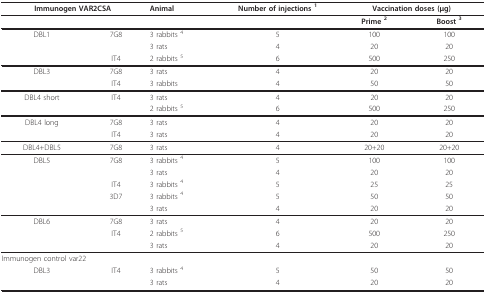
| <COLSPAN=2> Immunogen VAR2CSA | Animal | Number of injections 1 | <COLSPAN=2> Vaccination doses (μg) |
 | --- | --- | --- | --- | --- | --- |
 |  |  |  |  | Prime 2 | Boost 3 |
 | DBL1 | 7G8 | 3 rabbits 4 | 5 | 100 | 100 |
 |  |  | 3 rats | 4 | 20 | 20 |
 |  | IT4 | 2 rabbits 5 | 6 | 500 | 250 |
 | DBL3 | 7G8 | 3 rats | 4 | 20 | 20 |
 |  | IT4 | 3 rabbits | 4 | 50 | 50 |
 | DBL4 short | IT4 | 3 rats | 4 | 20 | 20 |
 |  |  | 2 rabbits 5 | 6 | 500 | 250 |
 | DBL4 long | 7G8 | 3 rats | 4 | 20 | 20 |
 |  | IT4 | 3 rats | 4 | 20 | 20 |
 | DBL4+DBL5 | 7G8 | 3 rats | 4 | 20+20 | 20+20 |
 | DBL5 | 7G8 | 3 rabbits 4 | 5 | 100 | 100 |
 |  |  | 3 rats | 4 | 20 | 20 |
 |  | IT4 | 3 rabbits 4 | 5 | 25 | 25 |
 |  | 3D7 | 3 rabbits 4 | 5 | 50 | 50 |
 |  |  | 3 rats | 4 | 20 | 20 |
 | DBL6 | 7G8 | 3 rats | 4 | 20 | 20 |
 |  | IT4 | 2 rabbits 5 | 6 | 500 | 250 |
 |  |  | 3 rats | 4 | 20 | 20 |
 | <COLSPAN=3> Immunogen control var22 |  |  |  |
 | DBL3 | IT4 | 3 rabbits 4 | 5 | 50 | 50 |
 |  |  | 3 rats | 4 | 20 | 20 |